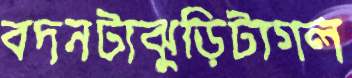
বদনটাঝুড়িটাগল